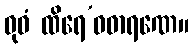
ဓုဝံ ထိရေ’ဝဓာရဏေ။